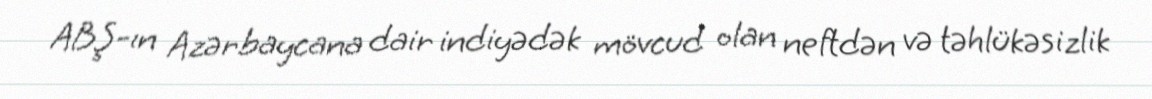
ABŞ-ın Azərbaycana dair indiyədək mövcud olan neftdən və təhlükəsizlik